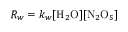
R _ { w } = k _ { w } [ \mathrm { H } _ { 2 } \mathrm { O } ] [ \mathrm { N } _ { 2 } \mathrm { O } _ { 5 } ]